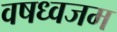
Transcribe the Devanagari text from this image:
वषध्वजम